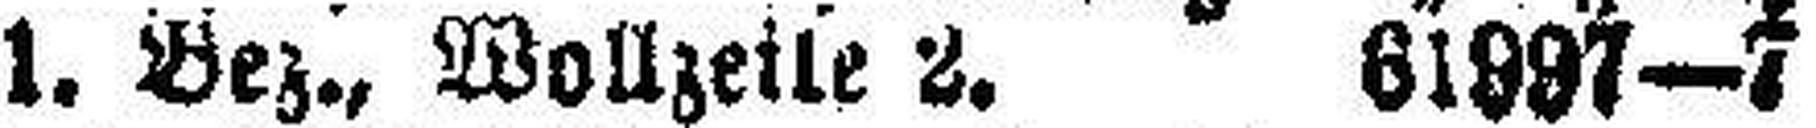
1. Bez., Wollzeile 2. 61997—7